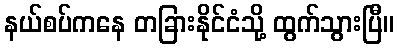
နယ်စပ်ကနေ တခြားနိုင်ငံသို့ ထွက်သွားပြီ။